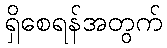
ရှိစေရန်အတွက်